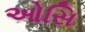
ઓસિ